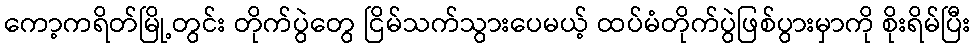
ကော့ကရိတ်မြို့တွင်း တိုက်ပွဲတွေ ငြိမ်သက်သွားပေမယ့် ထပ်မံတိုက်ပွဲဖြစ်ပွားမှာကို စိုးရိမ်ပြီး